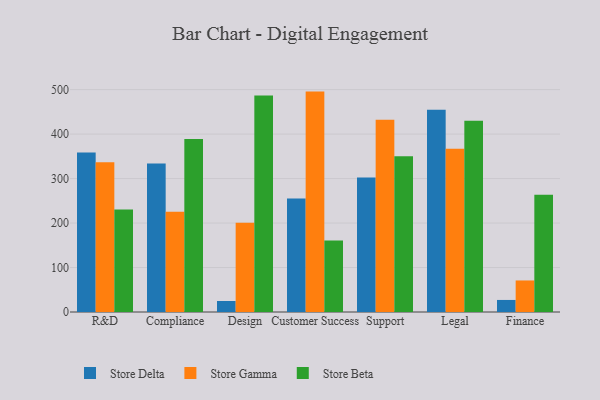
{"axis": {"x": "Department", "y": "Active Users"}, "legend": ["Store Beta", "Store Delta", "Store Gamma"], "data": [{"x": "R&D", "y": 358.6, "type": "Store Delta"}, {"x": "R&D", "y": 336.7, "type": "Store Gamma"}, {"x": "R&D", "y": 230.4, "type": "Store Beta"}, {"x": "Compliance", "y": 334.1, "type": "Store Delta"}, {"x": "Compliance", "y": 225.2, "type": "Store Gamma"}, {"x": "Compliance", "y": 388.9, "type": "Store Beta"}, {"x": "Design", "y": 24.7, "type": "Store Delta"}, {"x": "Design", "y": 200.7, "type": "Store Gamma"}, {"x": "Design", "y": 486.9, "type": "Store Beta"}, {"x": "Customer Success", "y": 254.9, "type": "Store Delta"}, {"x": "Customer Success", "y": 495.5, "type": "Store Gamma"}, {"x": "Customer Success", "y": 160.7, "type": "Store Beta"}, {"x": "Support", "y": 302.2, "type": "Store Delta"}, {"x": "Support", "y": 432.0, "type": "Store Gamma"}, {"x": "Support", "y": 349.9, "type": "Store Beta"}, {"x": "Legal", "y": 454.7, "type": "Store Delta"}, {"x": "Legal", "y": 367.2, "type": "Store Gamma"}, {"x": "Legal", "y": 429.7, "type": "Store Beta"}, {"x": "Finance", "y": 27.1, "type": "Store Delta"}, {"x": "Finance", "y": 70.9, "type": "Store Gamma"}, {"x": "Finance", "y": 263.8, "type": "Store Beta"}]}